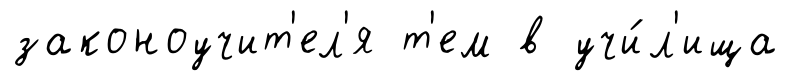
законоучит'ел'я т'ем в учи́л'ища